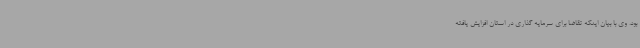
بود. وی با بیان اینکه تقاضا برای سرمایه گذاری در استان افزایش یافته